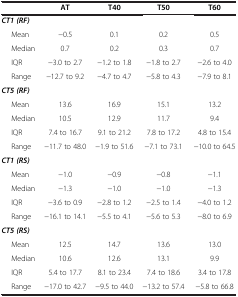
|  | AT | T40 | T50 | T60 |
 | --- | --- | --- | --- | --- |
 | CT1 (RF) |  |  |  |  |
 | Mean | −0.5 | 0.1 | 0.2 | 0.5 |
 | Median | 0.7 | 0.2 | 0.3 | 0.7 |
 | IQR | −3.0 to 2.7 | −1.2 to 1.8 | −1.8 to 2.7 | −2.6 to 4.0 |
 | Range | −12.7 to 9.2 | −4.7 to 4.7 | −5.8 to 4.3 | −7.9 to 8.1 |
 | CT5 (RF) |  |  |  |  |
 | Mean | 13.6 | 16.9 | 15.1 | 13.2 |
 | Median | 10.5 | 12.9 | 11.7 | 9.4 |
 | IQR | 7.4 to 16.7 | 9.1 to 21.2 | 7.8 to 17.2 | 4.8 to 15.4 |
 | Range | −11.7 to 48.0 | −1.9 to 51.6 | −7.1 to 73.1 | −10.0 to 64.5 |
 | CT1 (RS) |  |  |  |  |
 | Mean | −1.0 | −0.9 | −0.8 | −1.1 |
 | Median | −1.3 | −1.0 | −1.0 | −1.3 |
 | IQR | −3.6 to 0.9 | −2.8 to 1.2 | −2.5 to 1.4 | −4.0 to 1.2 |
 | Range | −16.1 to 14.1 | −5.5 to 4.1 | −5.6 to 5.3 | −8.0 to 6.9 |
 | CT5 (RS) |  |  |  |  |
 | Mean | 12.5 | 14.7 | 13.6 | 13.0 |
 | Median | 10.6 | 12.6 | 13.1 | 9.9 |
 | IQR | 5.4 to 17.7 | 8.1 to 23.4 | 7.4 to 18.6 | 3.4 to 17.8 |
 | Range | −17.0 to 42.7 | −9.5 to 44.0 | −13.2 to 57.4 | −5.8 to 66.8 |